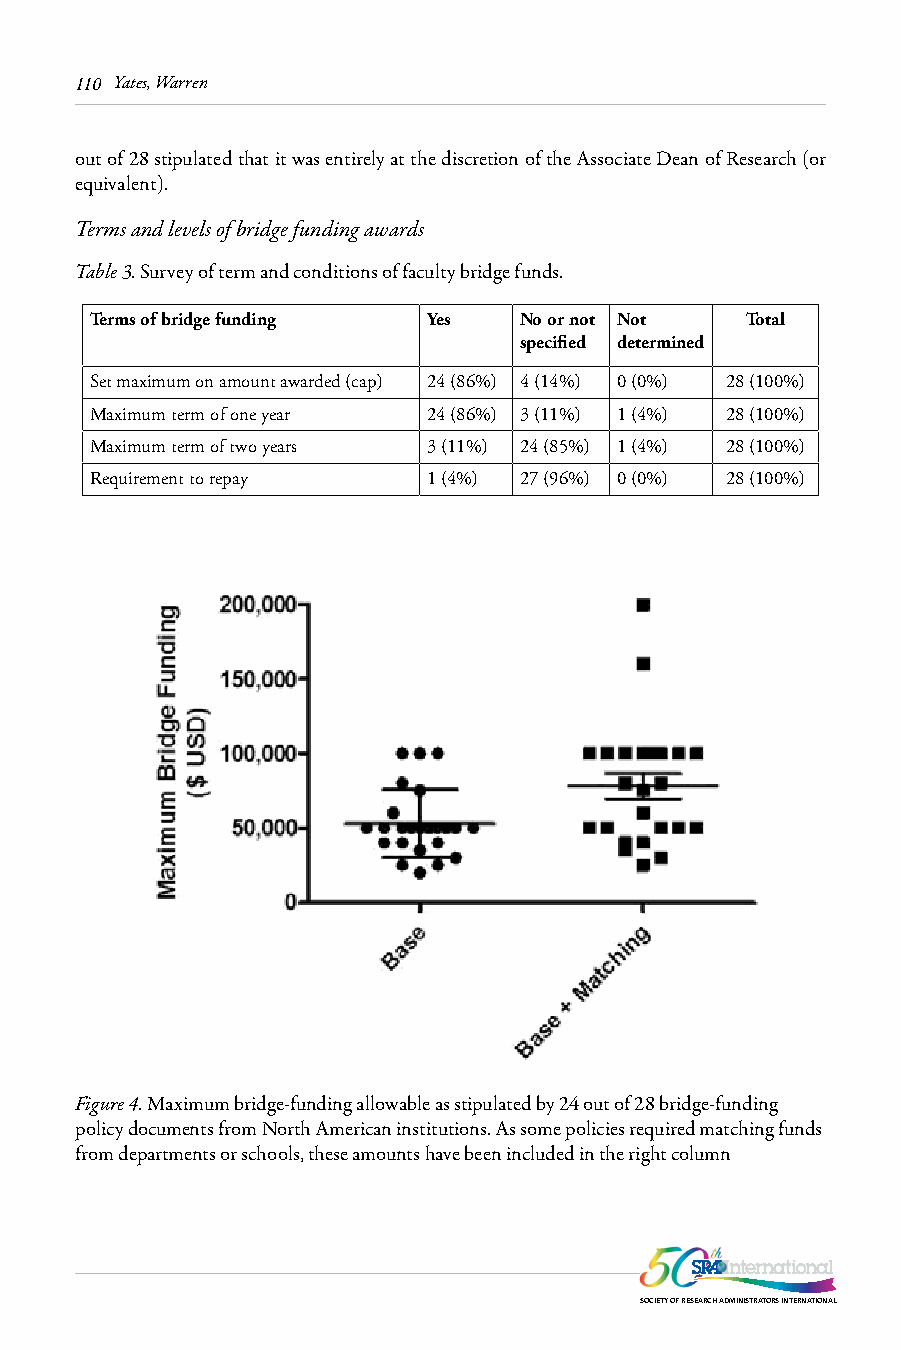
110 Yates, Warren
 out of 28 stipulated that it was entirely at the discretion of the Associate Dean of Research (or
 equivalent).
 Terms and levels of bridge funding awards
 Table 3. Survey of term and conditions of faculty bridge funds.
 Terms of bridge funding Yes No or not Not  Total
 specified determined
 Set maximum on amount awarded (cap) 24 (86%) 4 (14%) 0 (0%) 28 (100%)
 Maximum term of one year 24 (86%) 3 (11%) 1 (4%) 28 (100%)
 Maximum term of two years 3 (11%) 24 (85%) 1 (4%) 28 (100%)
 Requirement to repay  1 (4%) 27 (96%) 0 (0%) 28 (100%)
 Figure 4. Maximum bridge-funding allowable as stipulated by 24 out of 28 bridge-funding
 policy documents from North American institutions. As some policies required matching funds
 from departments or schools, these amounts have been included in the right column
 SOCIETY OF RESEARCH ADMINISTRATORS INTERNATIONAL